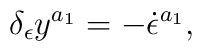
\delta _\epsilon y^{a_1}=-\dot \epsilon ^{a_1},